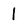
Character: 1